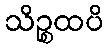
သိဉ္စထပိ